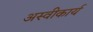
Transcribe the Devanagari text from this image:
अस्‍वीकार्य